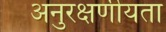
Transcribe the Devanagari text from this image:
अनुरक्षणीयता